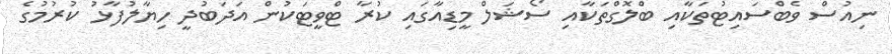
ނިއުސް ވެބްސައިޓުތަކާއި ބްލޮގްތަކާއި ސޯޝަލް މީޑިއާގައި ކުރާ ޓްވީޓަކުން އަދަބުދީ ހިޔާލުފާޅު ކުރުމުގެ